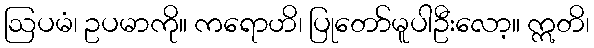
ဩပမံ၊ ဥပမာကို။ ကရောဟိ၊ ပြုတော်မူပါဦးလော့။ ဣတိ၊